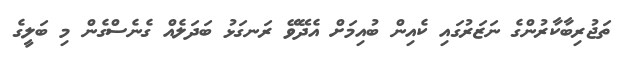
ތަޖުރިބާކާރުންގެ ނަޒަރުގައި ކެއިން ބުއިމަށް އެދޭވޭ ރަނގަޅު ބަދަލެއް ގެނެސްގެން މި ބަލީގެ